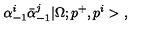
\alpha _ { - 1 } ^ { i } \bar { \alpha } _ { - 1 } ^ { j } | \Omega ; p ^ { + } , p ^ { i } > \ ,